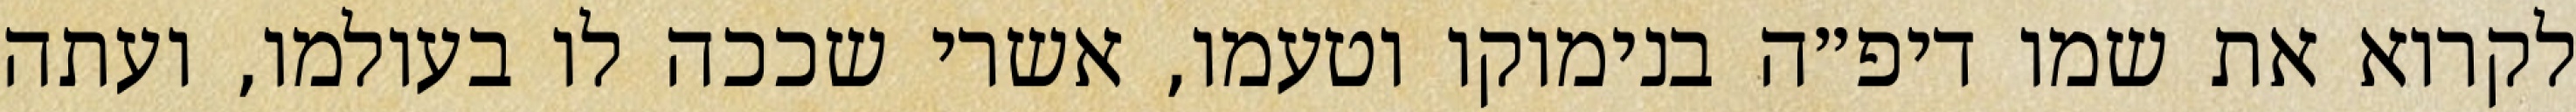
לקרוא את שמו דיפ״ה בנימוקו וטעמו, אשרי שככה לו בעולמו, ועתה